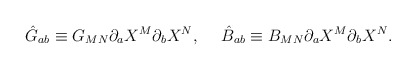
\begin{align*}\hat{G}_{ab}\equiv G_{MN}\partial_aX^M\partial_bX^N,\ \ \ \ \hat{B}_{ab}\equiv B_{MN}\partial_aX^M\partial_bX^N.\end{align*}